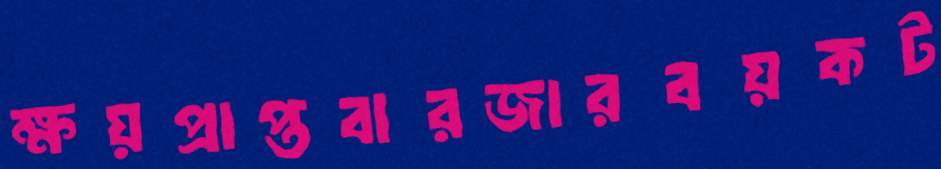
ক্ষয়প্রাপ্তবারজারবয়কট